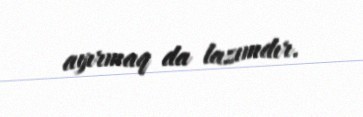
ayırmaq da lazımdır.